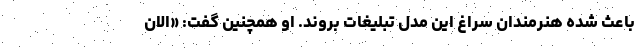
باعث شده هنرمندان سراغ این مدل تبلیغات بروند. او همچنین گفت: «الان